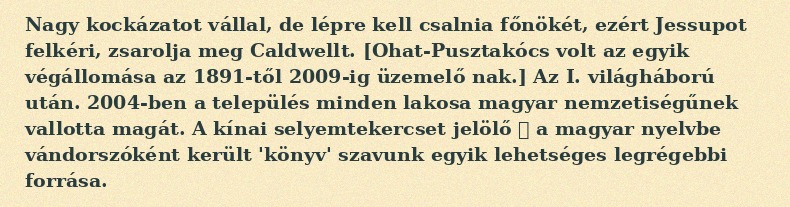
Nagy kockázatot vállal, de lépre kell csalnia főnökét, ezért Jessupot felkéri, zsarolja meg Caldwellt. [Ohat-Pusztakócs volt az egyik végállomása az 1891-től 2009-ig üzemelő nak.] Az I. világháború után. 2004-ben a település minden lakosa magyar nemzetiségűnek vallotta magát. A kínai selyemtekercset jelölő 卷 a magyar nyelvbe vándorszóként került 'könyv' szavunk egyik lehetséges legrégebbi forrása.